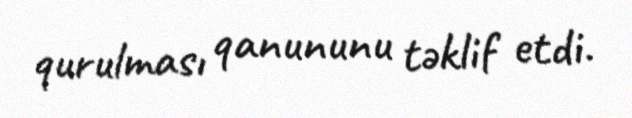
qurulması qanununu təklif etdi.